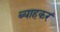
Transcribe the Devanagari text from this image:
ब्याहकर